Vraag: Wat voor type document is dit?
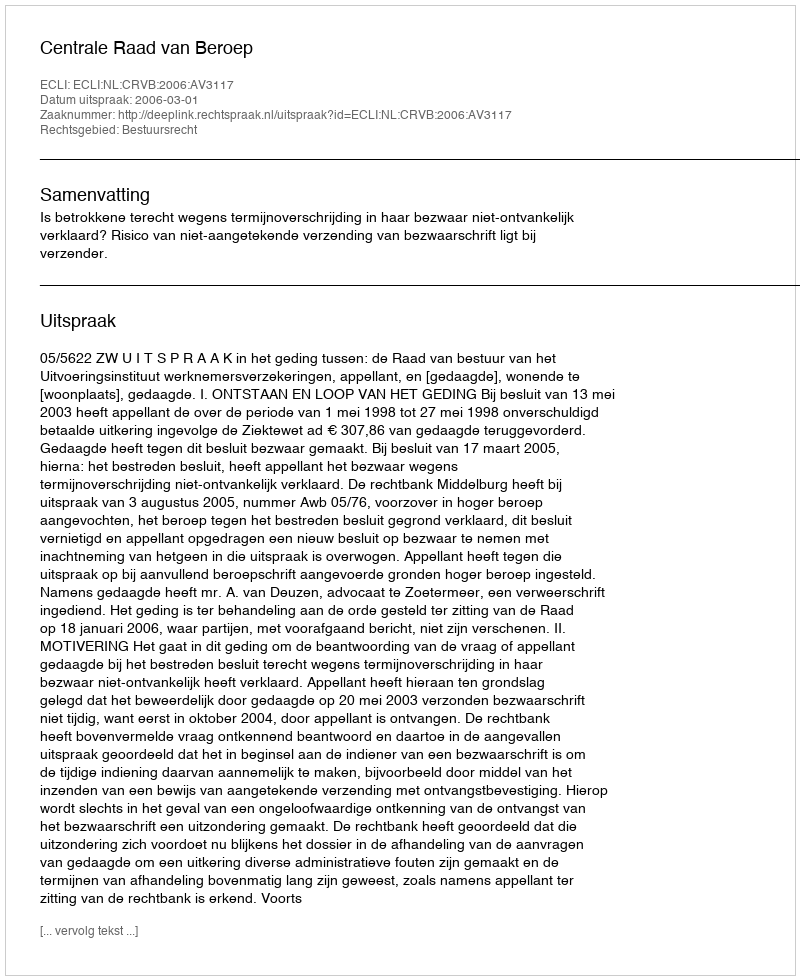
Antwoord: Uitspraak